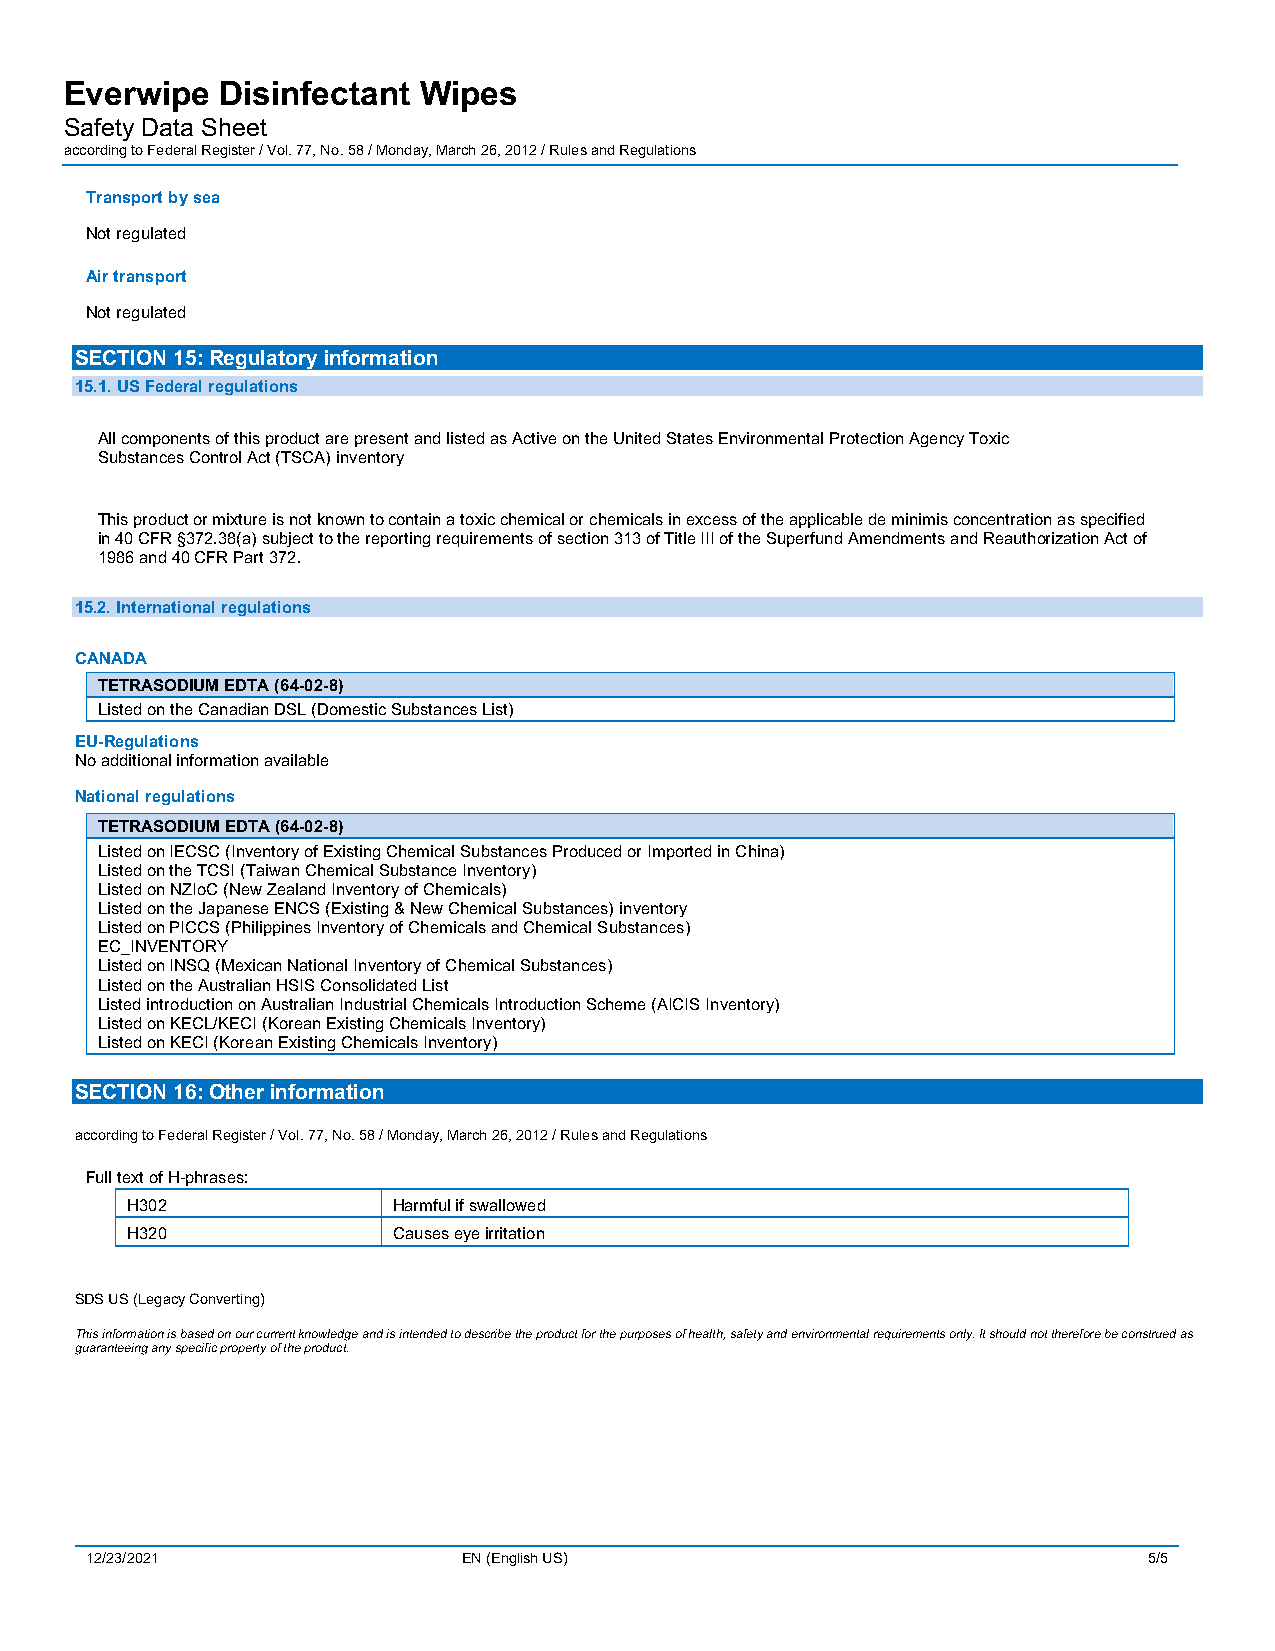
Everwipe   Disinfectant Wipes
 Safety Data Sheet
 according to Federal Register / Vol. 77, No. 58 / Monday, March 26, 2012 / Rules and Regulations
 Transport by sea
 Not regulated
 Air transport
 Not regulated
 SECTION 15: Regulatory information
 15.1. US Federal regulations
 All components of this product are present and listed as Active on the United States Environmental Protection Agency Toxic
 Substances Control Act (TSCA) inventory
 This product or mixture is not known to contain a toxic chemical or chemicals in excess of the applicable de minimis concentration as specified
 in 40 CFR §372.38(a) subject to the reporting requirements of section 313 of Title III of the Superfund Amendments and Reauthorization Act of
 1986 and 40 CFR Part 372.
 15.2. International regulations
 CANADA
 TETRASODIUM EDTA (64-02-8)
 Listed on the Canadian DSL (Domestic Substances List)
 EU-Regulations
 No additional information available
 National regulations
 TETRASODIUM EDTA (64-02-8)
 Listed on IECSC (Inventory of Existing Chemical Substances Produced or Imported in China)
 Listed on the TCSI (Taiwan Chemical Substance Inventory)
 Listed on NZIoC (New Zealand Inventory of Chemicals)
 Listed on the Japanese ENCS (Existing & New Chemical Substances) inventory
 Listed on PICCS (Philippines Inventory of Chemicals and Chemical Substances)
 EC_INVENTORY
 Listed on INSQ (Mexican National Inventory of Chemical Substances)
 Listed on the Australian HSIS Consolidated List
 Listed introduction on Australian Industrial Chemicals Introduction Scheme (AICIS Inventory)
 Listed on KECL/KECI (Korean Existing Chemicals Inventory)
 Listed on KECI (Korean Existing Chemicals Inventory)
 SECTION 16: Other information
 according to Federal Register / Vol. 77, No. 58 / Monday, March 26, 2012 / Rules and Regulations
 Full text of H-phrases:
 H302              Harmful if swallowed
 H320              Causes eye irritation
 SDS US (Legacy Converting)
 This information is based on our current knowledge and is intended to describe the product for the purposes of health, safety and environmental requirements only. It should not therefore be construed as
 guaranteeing any specific property of the product.
 12/23/2021               EN (English US)                              5/5